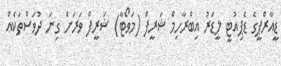
ޑީއާރްޕީގެ ޑެޕިއުޓީ ލީޑަރު އިބްރާހިމް ޝަރީފް (މަވޯޓާ) ޝަރީފް ވަރަށް ގިނަ ދުވަސްތަކެއް